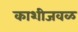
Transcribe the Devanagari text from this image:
काशीजवळ